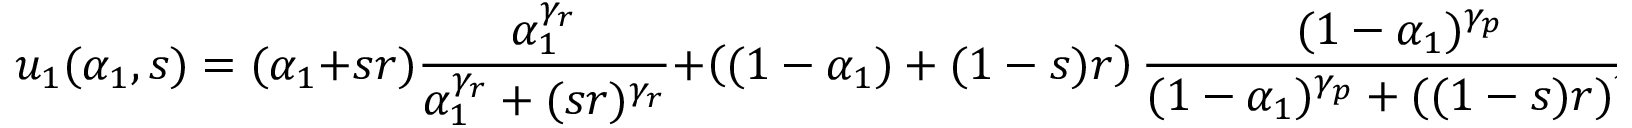
u _ { 1 } ( \alpha _ { 1 } , s ) = ( \alpha _ { 1 } + s r ) \frac { \alpha _ { 1 } ^ { \gamma _ { r } } } { \alpha _ { 1 } ^ { \gamma _ { r } } + ( s r ) ^ { \gamma _ { r } } } + \left( ( 1 - \alpha _ { 1 } ) + ( 1 - s ) r \right) \frac { ( 1 - \alpha _ { 1 } ) ^ { \gamma _ { p } } } { ( 1 - \alpha _ { 1 } ) ^ { \gamma _ { p } } + ( ( 1 - s ) r ) ^ { \gamma _ { p } } } \; .